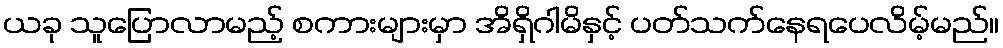
ယခု သူပြောလာမည့် စကားများမှာ အိရှိဂါမိနှင့် ပတ်သက်နေရပေလိမ့်မည်။